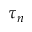
\tau _ { n }